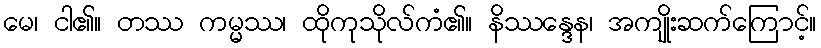
မေ၊ ငါ၏။ တဿ ကမ္မဿ၊ ထိုကုသိုလ်ကံ၏။ နိဿန္ဒေန၊ အကျိုးဆက်ကြောင့်။